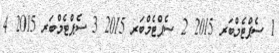
1 ސެޕްޓެމްބަރ 2015 2 ސެޕްޓެމްބަރ 2015 3 ސެޕްޓެމްބަރ 2015 4